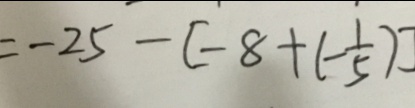
= - 2 5 - [ - 8 + ( - \frac { 1 } { 5 } ) ]